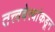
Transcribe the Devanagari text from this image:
तत्त्ववेत्त्यांकडून